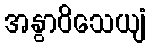
အနွာဝိသေယျံ